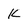
Character: k